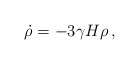
\begin{align*}\dot{\rho}=-3\gamma H\rho\,, \end{align*}